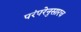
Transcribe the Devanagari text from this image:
परंपरेनुसारच